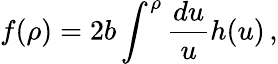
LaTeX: f(\rho)=2b\int^{\rho}\frac{du}{u}h(u)\, ,